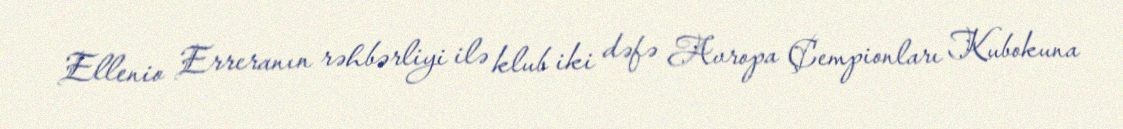
Ellenio Erreranın rəhbərliyi ilə klub iki dəfə Avropa Çempionları Kubokuna